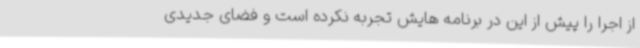
از اجرا را پیش از این در برنامه هایش تجربه نکرده است و فضای جدیدی